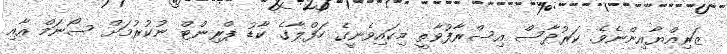
ޒަރިއްޔާއިންނެވެ. ކަރުދާސް އިސްރާފުވާތީ މިކައިވެނީގެ ހަފްލާގެ ކާޑު ޕްރިންޓް ނުކުރުމަށް ސޯނަމް އާއި